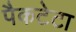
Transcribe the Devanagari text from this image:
पैकटेटा